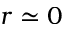
r \simeq 0